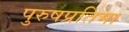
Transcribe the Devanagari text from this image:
पुरुषप्रतिमा